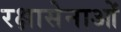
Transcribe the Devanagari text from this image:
रक्षासेनाओं